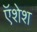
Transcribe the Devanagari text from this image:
ऍशेश